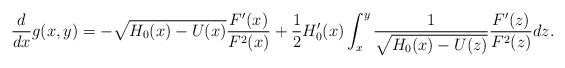
LaTeX: \begin{align*}\frac{d}{dx}g(x,y)=-\sqrt{H_{0}(x)-U(x)}\frac{F'(x)}{F^{2}(x)}+\frac{1}{2}H_{0}'(x)\int_{x}^{y}\frac{1}{\sqrt{H_{0}(x)-U(z)}}\frac{F'(z)}{F^{2}(z)}dz.\end{align*}